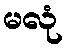
မလုံ